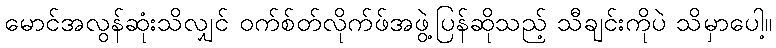
မောင်အလွန်ဆုံးသိလျှင် ဝက်စ်တ်လိုက်ဖ်အဖွဲ့ပြန်ဆိုသည့် သီချင်းကိုပဲ သိမှာပေါ့။